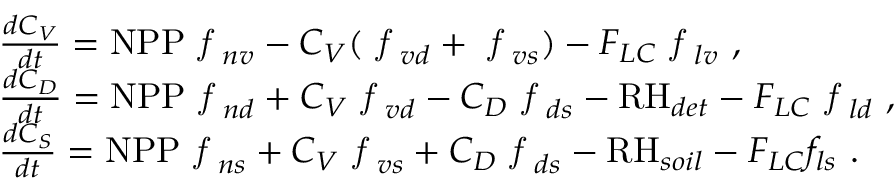
\begin{array} { r l } & { \frac { d C _ { V } } { d t } = \ensuremath { \mathrm { N P P } } \emph { f } _ { n v } - C _ { V } ( \emph { f } _ { v d } + \emph { f } _ { v s } ) - F _ { L C } \emph { f } _ { l v } \mathrm { ~ , } } \\ & { \frac { d C _ { D } } { d t } = \ensuremath { \mathrm { N P P } } \emph { f } _ { n d } + C _ { V } \emph { f } _ { v d } - C _ { D } \emph { f } _ { d s } - \ensuremath { \mathrm { R H } } _ { d e t } - F _ { L C } \emph { f } _ { l d } \mathrm { ~ , } } \\ & { \frac { d C _ { S } } { d t } = \ensuremath { \mathrm { N P P } } \emph { f } _ { n s } + C _ { V } \emph { f } _ { v s } + C _ { D } \emph { f } _ { d s } - \ensuremath { \mathrm { R H } } _ { s o i l } - F _ { L C } f _ { l s } \mathrm { ~ . } } \end{array}